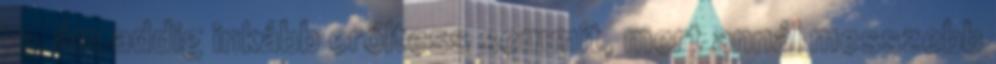
is, ám addig inkább erőltess semmit, mert annál messzebb